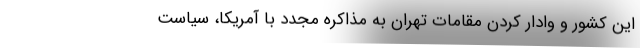
این کشور و وادار کردن مقامات تهران به مذاکره مجدد با آمریکا، سیاست